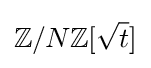
\mathbb {Z} /N\mathbb {Z} [{\sqrt {t}}]